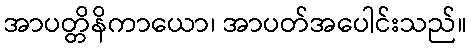
အာပတ္တိနိကာယော၊ အာပတ်အပေါင်းသည်။